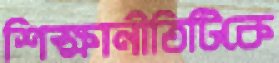
শিক্ষানীতিটিকে